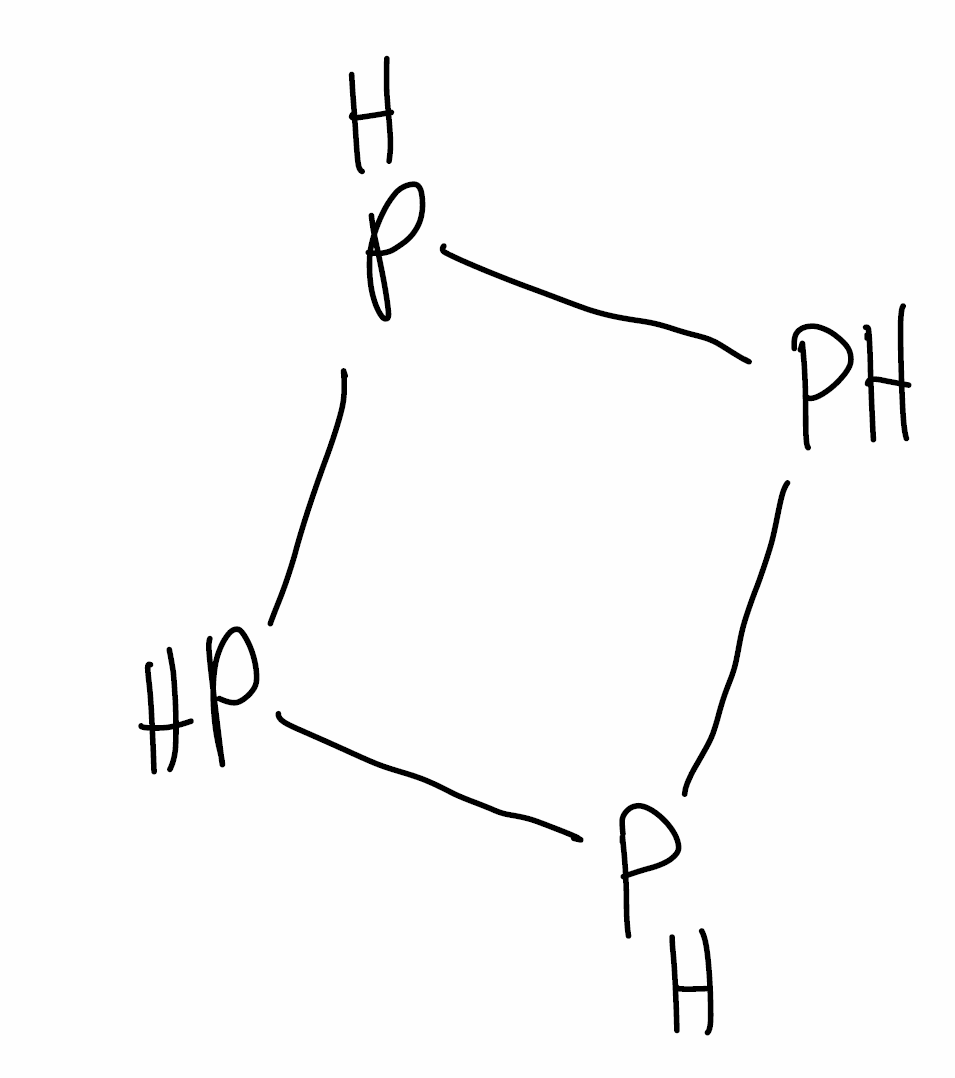
Simplified molecular-input line-entry system (SMILES) notation of the given molecule:
P1PPP1